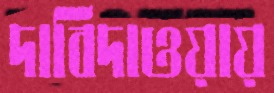
দাবিদাওয়ায়